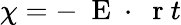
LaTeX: \chi=-\mathrm{~\mathbf~E~}\cdot\mathrm{~\mathbf~r~}t